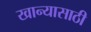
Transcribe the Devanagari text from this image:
खान्यासाठी